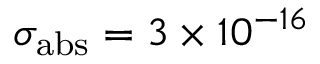
\sigma _ { \mathrm { a b s } } = 3 \times 1 0 ^ { - 1 6 }